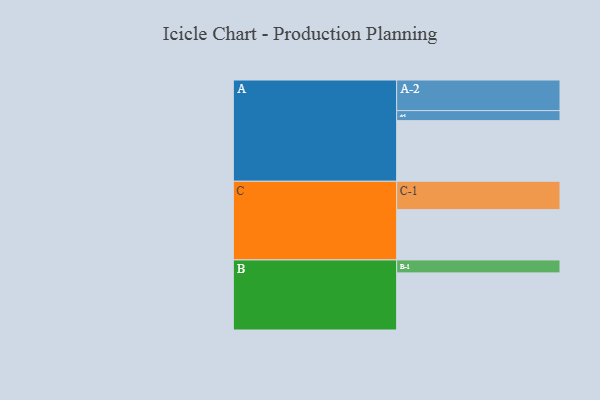
{"axis": {"x": "Segment", "y": "Value"}, "legend": ["", "A", "B", "C"], "data": [{"x": "A", "y": 515, "type": ""}, {"x": "B", "y": 485, "type": ""}, {"x": "C", "y": 427, "type": ""}, {"x": "A-1", "y": 85, "type": "A"}, {"x": "A-2", "y": 260, "type": "A"}, {"x": "B-1", "y": 110, "type": "B"}, {"x": "C-1", "y": 241, "type": "C"}]}